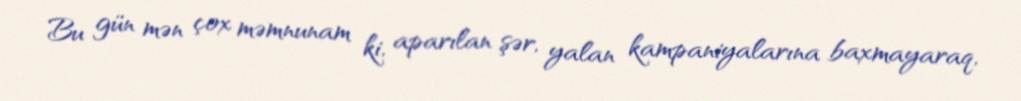
Bu gün mən çox məmnunam ki, aparılan şər, yalan kampaniyalarına baxmayaraq,